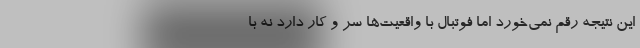
این نتیجه رقم نمی‌خورد اما فوتبال با واقعیت‌ها سر و کار دارد نه با